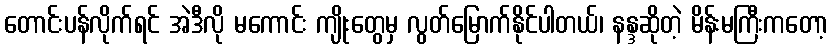
တောင်းပန်လိုက်ရင် အဲဒီလို မကောင်း ကျိုးတွေမှ လွတ်မြောက်နိုင်ပါတယ်၊ နန္ဒဆိုတဲ့ မိန်းမကြီးကတော့